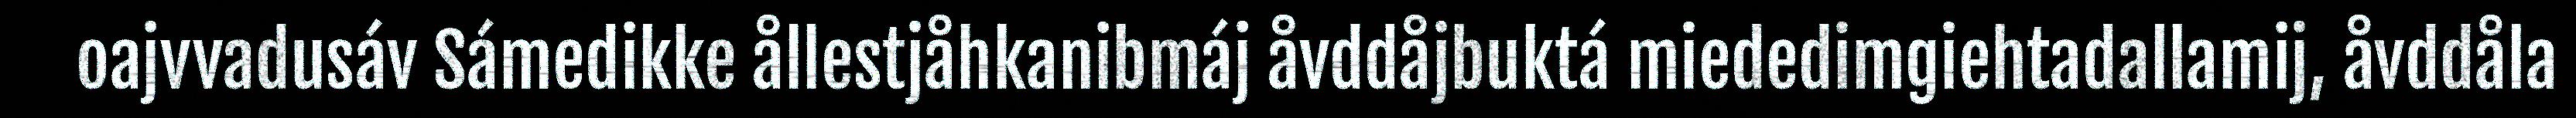
oajvvadusáv Sámedikke ållestjåhkanibmáj åvddåjbuktá miededimgiehtadallamij, åvddåla